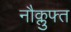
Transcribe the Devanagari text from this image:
नौक्लुफ्त